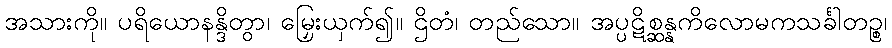
အသားကို။ ပရိယောနန္ဒိတွာ၊ မြှေးယှက်၍။ ဌိတံ၊ တည်သော။ အပ္ပဋိစ္ဆန္နကိလောမကသင်္ခါတဉ္စ၊